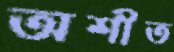
অশীত